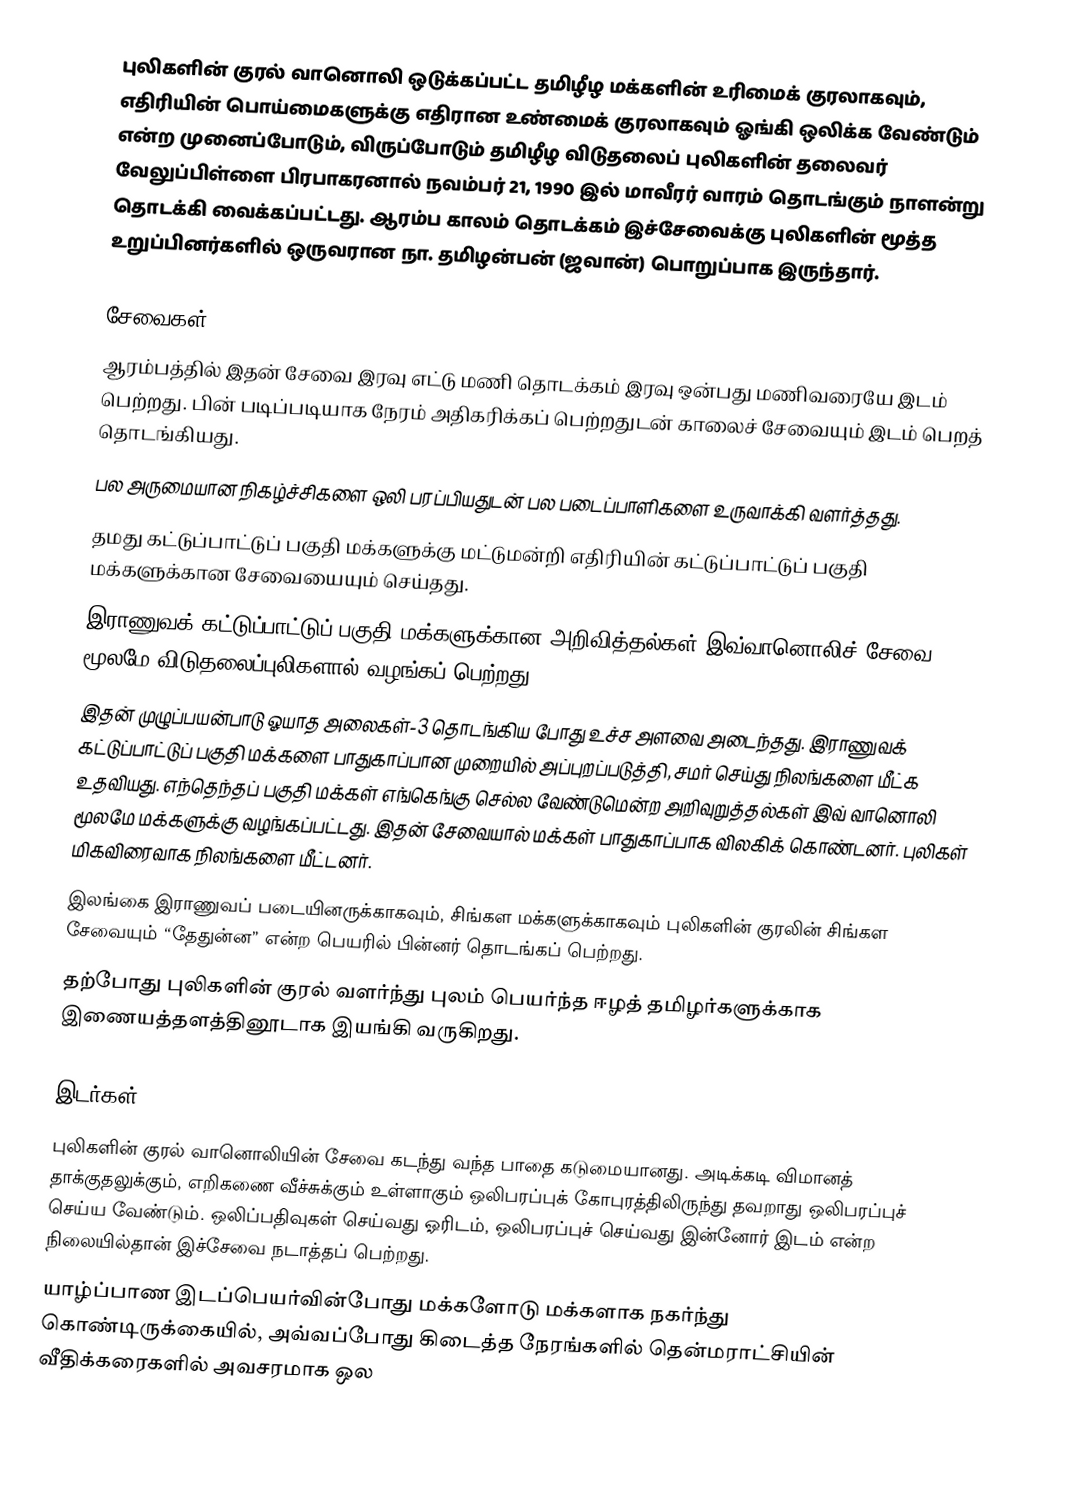
புலிகளின் குரல் வானொலி ஒடுக்கப்பட்ட தமிழீழ மக்களின் உரிமைக் குரலாகவும், எதிரியின் பொய்மைகளுக்கு எதிரான உண்மைக் குரலாகவும் ஓங்கி ஒலிக்க வேண்டும் என்ற முனைப்போடும், விருப்போடும் தமிழீழ விடுதலைப் புலிகளின் தலைவர் வேலுப்பிள்ளை பிரபாகரனால் நவம்பர் 21, 1990 இல் மாவீரர் வாரம் தொடங்கும் நாளன்று தொடக்கி வைக்கப்பட்டது. ஆரம்ப காலம் தொடக்கம் இச்சேவைக்கு புலிகளின் மூத்த உறுப்பினர்களில் ஒருவரான நா. தமிழன்பன் (ஜவான்) பொறுப்பாக இருந்தார்.

சேவைகள்
 ஆரம்பத்தில் இதன் சேவை இரவு எட்டு மணி தொடக்கம் இரவு ஒன்பது மணிவரையே இடம் பெற்றது. பின் படிப்படியாக நேரம் அதிகரிக்கப் பெற்றதுடன் காலைச் சேவையும் இடம் பெறத் தொடங்கியது.
 பல அருமையான நிகழ்ச்சிகளை ஒலி பரப்பியதுடன் பல படைப்பாளிகளை உருவாக்கி வளர்த்தது.
 தமது கட்டுப்பாட்டுப் பகுதி மக்களுக்கு மட்டுமன்றி எதிரியின் கட்டுப்பாட்டுப் பகுதி மக்களுக்கான சேவையையும் செய்தது.
 இராணுவக் கட்டுப்பாட்டுப் பகுதி மக்களுக்கான அறிவித்தல்கள் இவ்வானொலிச் சேவை மூலமே விடுதலைப்புலிகளால் வழங்கப் பெற்றது.
 இதன் முழுப்பயன்பாடு ஓயாத அலைகள்-3 தொடங்கிய போது உச்ச அளவை அடைந்தது. இராணுவக் கட்டுப்பாட்டுப் பகுதி மக்களை பாதுகாப்பான முறையில் அப்புறப்படுத்தி, சமர் செய்து நிலங்களை மீட்க உதவியது. எந்தெந்தப் பகுதி மக்கள் எங்கெங்கு செல்ல வேண்டுமென்ற அறிவுறுத்தல்கள் இவ் வானொலி மூலமே மக்களுக்கு வழங்கப்பட்டது. இதன் சேவையால் மக்கள் பாதுகாப்பாக விலகிக் கொண்டனர். புலிகள் மிகவிரைவாக நிலங்களை மீட்டனர்.
 இலங்கை இராணுவப் படையினருக்காகவும், சிங்கள மக்களுக்காகவும் புலிகளின் குரலின் சிங்கள சேவையும் “தேதுன்ன” என்ற பெயரில்  பின்னர் தொடங்கப் பெற்றது.
 தற்போது புலிகளின் குரல் வளர்ந்து புலம் பெயர்ந்த ஈழத் தமிழர்களுக்காக இணையத்தளத்தினூடாக இயங்கி வருகிறது.

இடர்கள்
 புலிகளின் குரல் வானொலியின் சேவை கடந்து வந்த பாதை கடுமையானது. அடிக்கடி விமானத் தாக்குதலுக்கும், எறிகணை வீச்சுக்கும் உள்ளாகும் ஒலிபரப்புக் கோபுரத்திலிருந்து தவறாது ஒலிபரப்புச் செய்ய வேண்டும். ஒலிப்பதிவுகள் செய்வது ஓரிடம், ஒலிபரப்புச் செய்வது இன்னோர் இடம் என்ற நிலையில்தான் இச்சேவை நடாத்தப் பெற்றது.
 யாழ்ப்பாண இடப்பெயர்வின்போது மக்களோடு மக்களாக நகர்ந்து கொண்டிருக்கையில், அவ்வப்போது கிடைத்த நேரங்களில் தென்மராட்சியின் வீதிக்கரைகளில் அவசரமாக ஒல